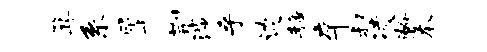
箕系犀荆涉乎边静卒叔凌瀚本